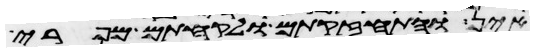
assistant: אין והתחזקתם ולקחתם מפרי